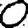
Digit: 0